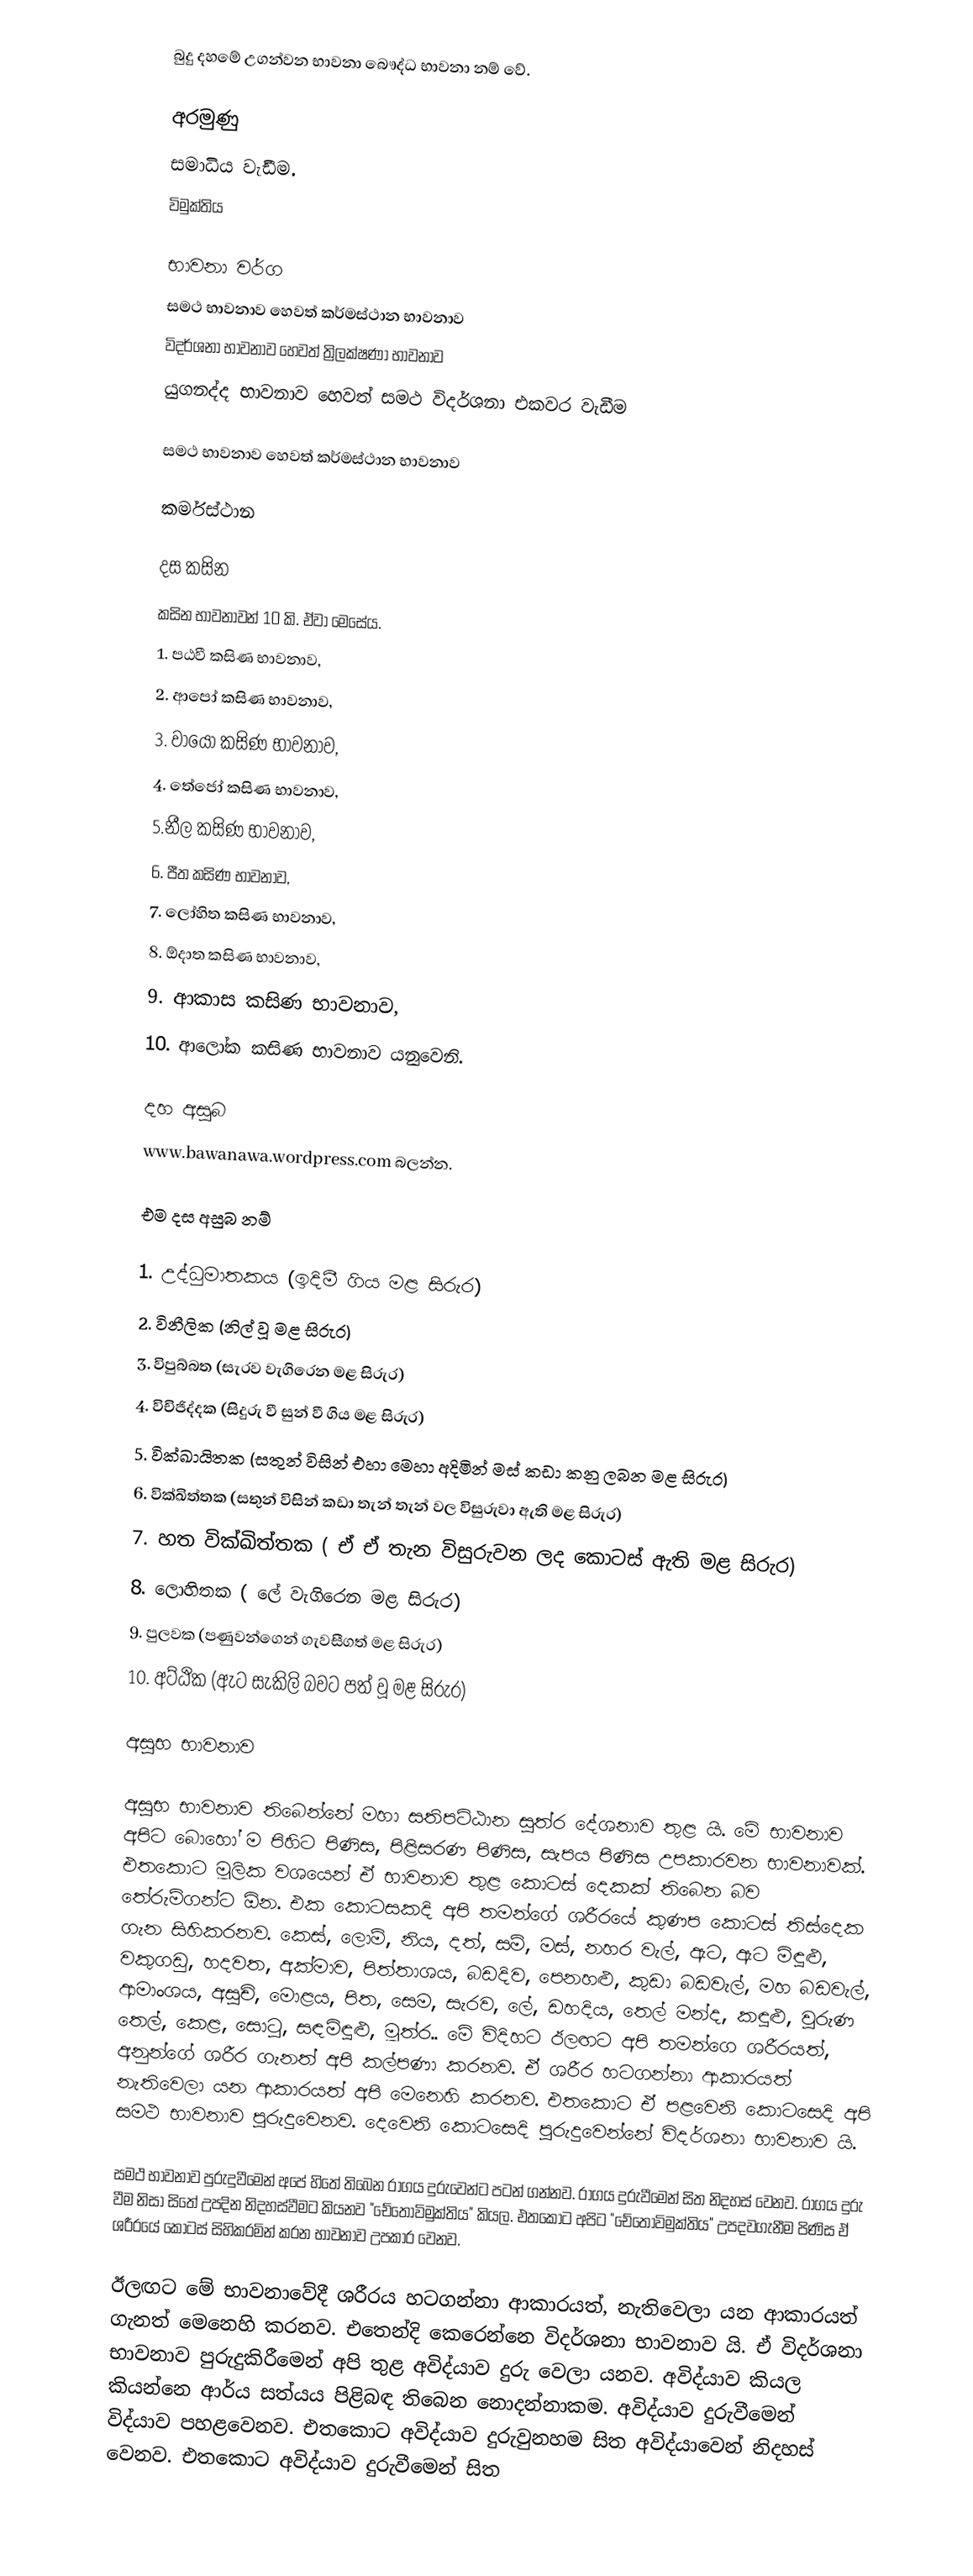
බුදු දහමේ උගන්වන භාවනා බෞද්ධ භාවනා නම් වේ.

අරමුණු
සමාධිය වැඩීම.
 විමුක්තිය

භාවනා වර්ග
 සමථ භාවනාව හෙවත් කර්මස්ථාන භාවනාව
 විදර්ශනා භාවනාව හෙවත් ත්‍රිලක්ෂණා භාවනාව
 යුගනද්ද භාවනාව හෙවත් සමථ විදර්ශනා එකවර වැඩීම

සමථ භාවනාව හෙවත් කර්මස්ථාන භාවනාව

කර්මස්ථාන

දස කසින
කසින භාවනාවන් 10 කි. ඒවා මෙසේය.
1. පඨවී කසිණ භාවනාව,
2. ආපෝ කසිණ භාවනාව,
3. වායෝ කසිණ භාවනාව,
4. තේජෝ කසිණ භාවනාව,
5.නීල කසිණ භාවනාව,
6. පීත කසිණ භාවනාව,
7. ලෝහිත කසිණ භාවනාව,
8. ඕදාත කසිණ භාවනාව,
9. ආකාස කසිණ භාවනාව,
10. ආලෝක කසිණ භාවනාව යනුවෙනි.

දහ අසුබ
www.bawanawa.wordpress.com බලන්න.

එම දස අසුබ නම්

1. උද්ධුමාතකය (ඉදිමී ගිය මළ සිරුර)
2. විනීලික (නිල් වූ මළ සිරුර)
3. විපුබ්බත (සැරව වැගිරෙන මළ සිරුර)
4. විචිජිද්දක (සිදුරු වී සුන් වී ගිය මළ සිරුර)
5. වික්ඛායිතක (සතුන් විසින් එහා මෙහා අදිමින් මස් කඩා කනු ලබන මළ සිරුර)
6. වික්ඛිත්තක (සතුන් විසින් කඩා තැන් තැන් වල විසුරුවා ඇති මළ සිරුර)
7. හත වික්ඛිත්තක ( ඒ ඒ තැන විසුරුවන ලද කොටස් ඇති මළ සිරුර)
8. ලොහිතක ( ලේ වැගිරෙන මළ සිරුර)
9. පුලවක (පණුවන්ගෙන් ගැවසීගත් මළ සිරුර)
10. අට්ඨික (ඇට සැකිලි බවට පත් වූ මළ සිරුර)

අසුභ භාවනාව

අසුභ භාවනාව තිබෙන්නේ මහා සතිපට්ඨාන සූත්ර දේශනාව තුළ යි. මේ භාවනාව අපිට බොහෝ ම පිහිට පිණිස, පිළිසරණ පිණිස, සැපය පිණිස උපකාරවන භාවනාවක්. එතකොට මූලික වශයෙන් ඒ භාවනාව තුළ කොටස් දෙකක් තිබෙන බව තේරුම්ගන්ට ඕන. එක කොටසකදි අපි තමන්ගේ ශරීරයේ කුණප කොටස් තිස්දෙක ගැන සිහිකරනව. කෙස්, ලොම්, නිය, දත්, සම්, මස්, නහර වැල්, ඇට, ඇට මිඳූළු, වකුගඩු, හදවත, අක්මාව, පිත්තාශය, බඩදිව, පෙනහළු, කුඩා බඩවැල්, මහ බඩවැල්, ආමාංශය, අසූචි, මොළය, පිත, සෙම, සැරව, ලේ, ඩහදිය, තෙල් මන්ද, කඳූළු, වුරුණ තෙල්, කෙළ, සොටු, සඳමිඳූළු, මූත්ර.. මේ විදිහට ඊලඟට අපි තමන්ගෙ ශරීරයත්, අනුන්ගේ ශරීර ගැනත් අපි කල්පණා කරනව. ඒ ශරීර හටගන්නා ආකාරයත් නැතිවෙලා යන ආකාරයත් අපි මෙනෙහි කරනව. එතකොට ඒ පළවෙනි කොටසෙදි අපි සමථ භාවනාව පුරුදුවෙනව. දෙවෙනි කොටසෙදි පුරුදුවෙන්නේ විදර්ශනා භාවනාව යි.

සමථ භාවනාව පුරුදුවීමෙන් අපේ හිතේ තිබෙන රාගය දුරුවෙන්ට පටන් ගන්නව. රාගය දුරුවීමෙන් සිත නිදහස් වෙනව. රාගය දුරු වීම නිසා සිතේ උපදින නිදහස්වීමට කියනව "චේතෝවිමුක්තිය" කියල. එතකොට අපිට "චේතෝවිමුක්තිය" උපදවගැනීම පිණිස ඒ ශරීරයේ කොටස් සිහිකරමින් කරන භාවනාව උපකාර වෙනව.

ඊලඟට මේ භාවනාවේදී ශරීරය හටගන්නා ආකාරයත්, නැතිවෙලා යන ආකාරයත් ගැනත් මෙනෙහි කරනව. එතෙන්දි කෙරෙන්නෙ විදර්ශනා භාවනාව යි. ඒ විදර්ශනා භාවනාව පුරුදුකිරීමෙන් අපි තුළ අවිද්යාව දුරු වෙලා යනව. අවිද්යාව කියල කියන්නෙ ආර්ය සත්යය පිළිබඳ තිබෙන නොදන්නාකම. අවිද්යාව දුරුවීමෙන් විද්යාව පහළවෙනව. එතකොට අවිද්යාව දුරුවුනහම සිත අවිද්යාවෙන් නිදහස් වෙනව. එතකොට අවිද්යාව දුරුවීමෙන් සිත